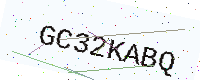
Text: GC32KABQ